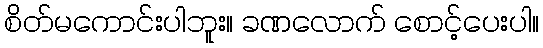
စိတ်မကောင်းပါဘူး။ ခဏလောက် စောင့်ပေးပါ။